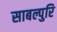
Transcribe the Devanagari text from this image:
साबल्पुरि